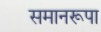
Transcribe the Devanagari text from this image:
समानरूपा